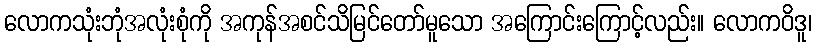
လောကသုံးဘုံအလုံးစုံကို အကုန်အစင်သိမြင်တော်မူသော အကြောင်းကြောင့်လည်း။ လောကဝိဒူ၊